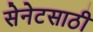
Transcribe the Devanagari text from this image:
सेनेटसाठी